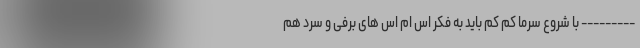
--------- با شروع سرما کم کم باید به فکر اس ام اس های برفی و سرد هم